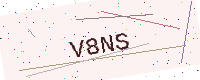
Text: V8NS